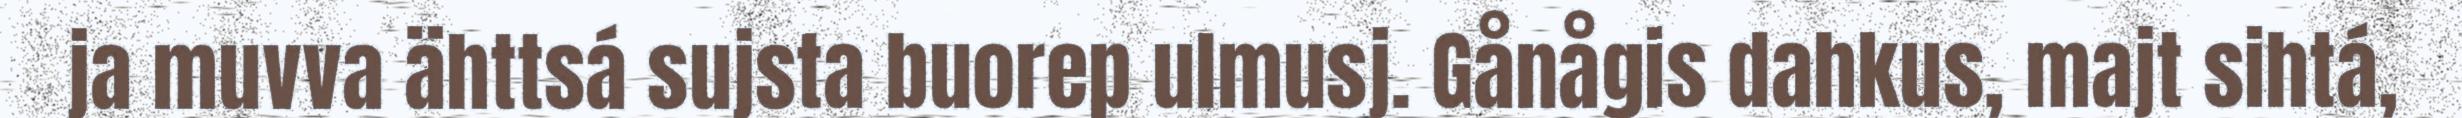
ja muvva ähttsá sujsta buorep ulmusj. Gånågis dahkus, majt sihtá,